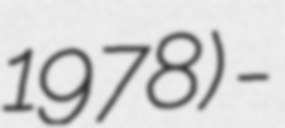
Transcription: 1978) -